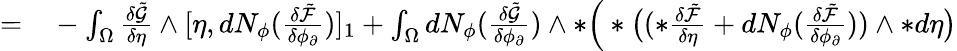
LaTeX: \begin{array}{rl}{=}&{{}-\int_{\Omega}\frac{\delta\tilde{\mathcal{G}}}{\delta\eta}\wedge[\eta,dN_{\phi}(\frac{\delta\tilde{\mathcal{F}}}{\delta\phi_{\partial}})]_{1}+\int_{\Omega}dN_{\phi}(\frac{\delta\tilde{\mathcal{G}}}{\delta\phi_{\partial}})\wedge\ast\Big(\ast\big((\ast\frac{\delta\tilde{\mathcal{F}}}{\delta\eta}+dN_{\phi}(\frac{\delta\tilde{\mathcal{F}}}{\delta\phi_{\partial}}))\wedge\ast d\eta\big)}\end{array}